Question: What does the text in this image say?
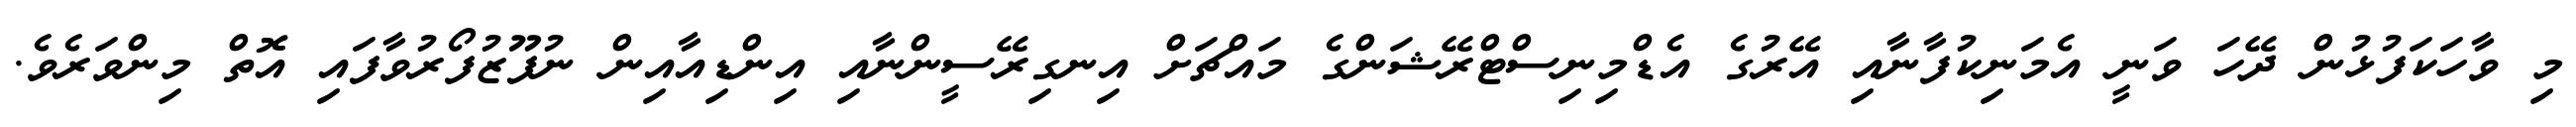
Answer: މި ވާހަކަފުޅުން ދޭހަ ވަނީ އެމަނިކުފާނާއި އޭރުގެ އެޑްމިނިސްޓްރޭޝަންގެ މައްޗަށް އިނގިރޭސީންނާއި އިންޑިއާއިން ނުފޫޒުފޯރުވާފައި އޮތް މިންވަރެވެ.